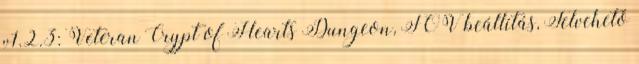
v1.2.3: Veteran Crypt of Hearts Dungeon, FOV beállítás, Felvehető